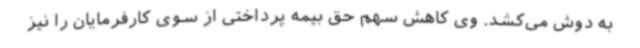
به دوش می‌کشد. وی کاهش سهم حق بیمه پرداختی از سوی کارفرمایان را نیز